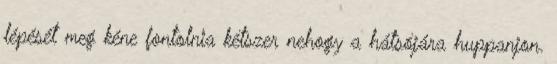
lépését meg kéne fontolnia kétszer nehogy a hátsójára huppanjon.